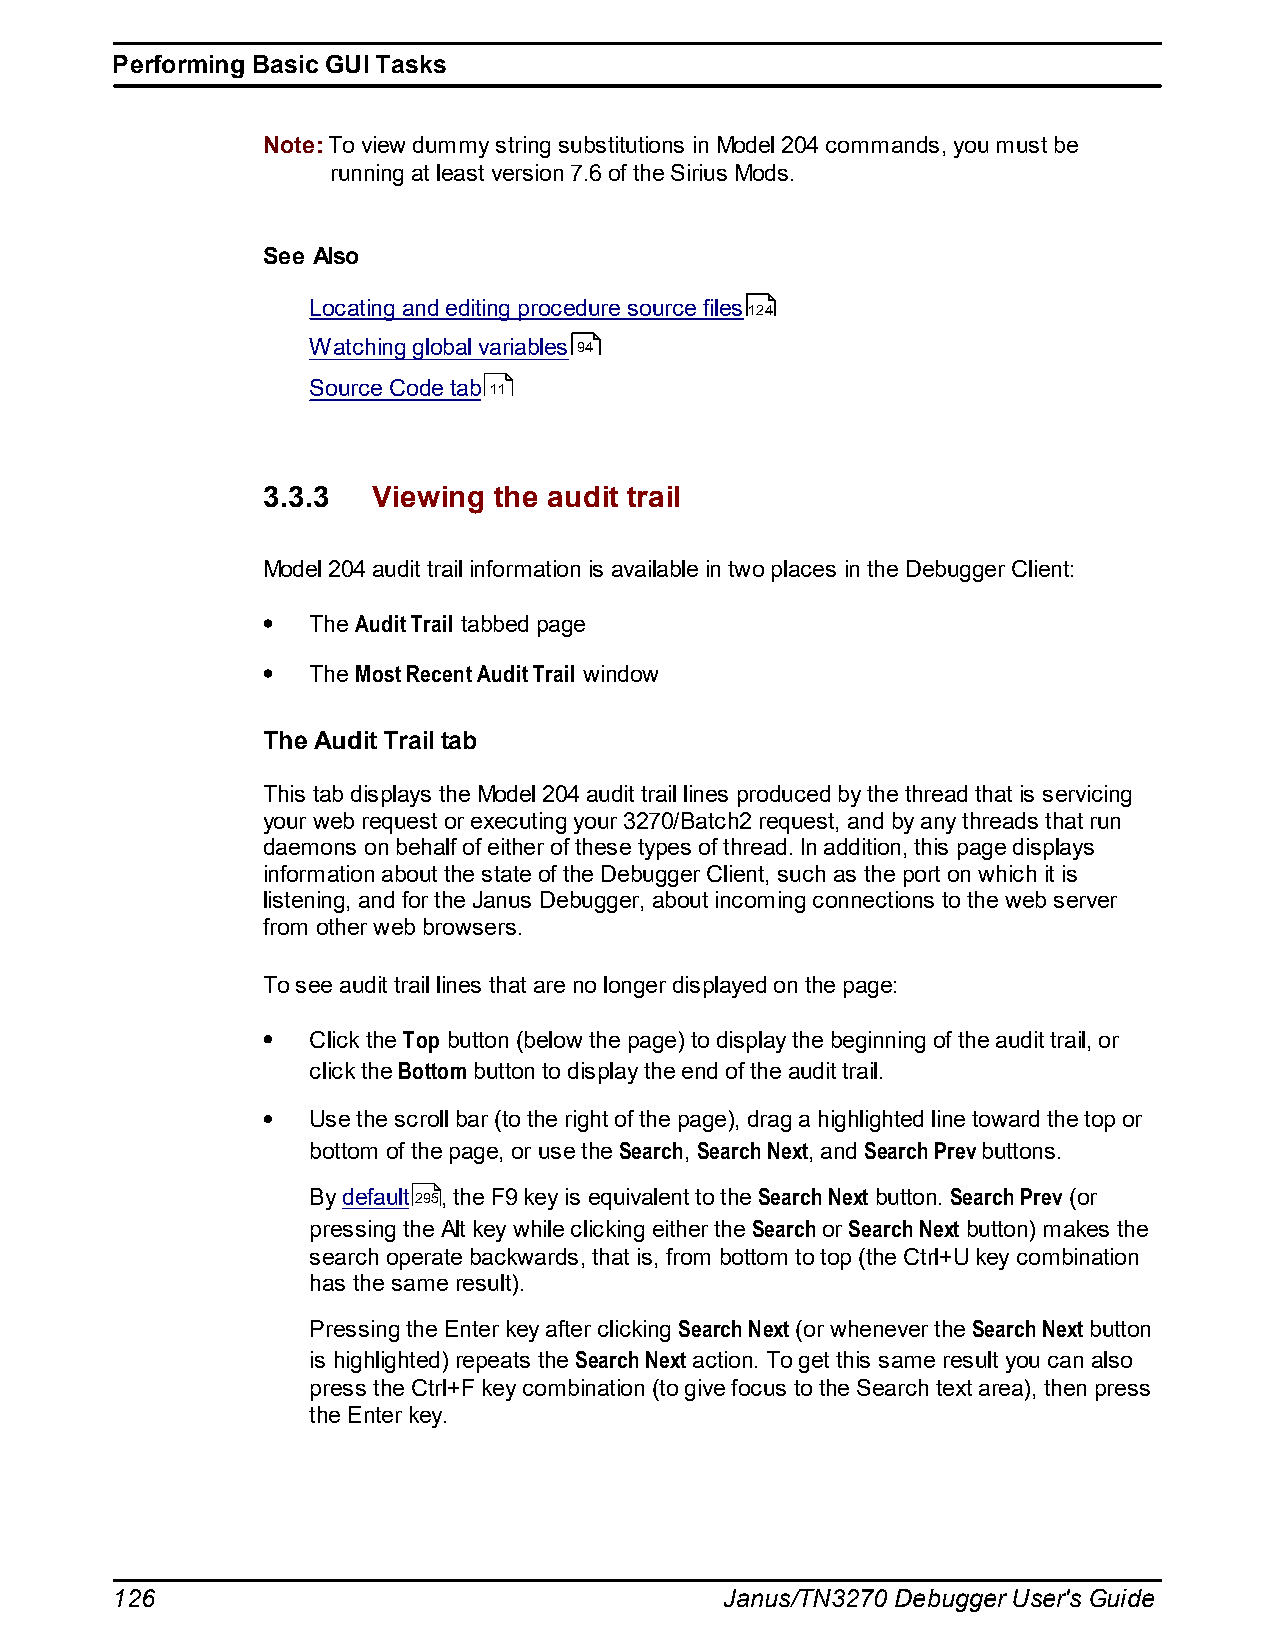
Performing Basic GUI Tasks
 Note: To view dummy string substitutions in Model 204 commands, you must be
 running at least version 7.6 of the Sirius Mods.
 See Also
 Locating and editing procedure source files124
 Watching global variables 94
 Source Code tab 11
 3.3.3   Viewing the audit trail
 Model 204 audit trail information is available in two places in the Debugger Client:
 The Audit Trail tabbed page
 The Most Recent Audit Trail window
 The Audit Trail tab
 This tab displays the Model 204 audit trail lines produced by the thread that is servicing
 your web request or executing your 3270/Batch2 request, and by any threads that run
 daemons on behalf of either of these types of thread. In addition, this page displays
 information about the state of the Debugger Client, such as the port on which it is
 listening, and for the Janus Debugger, about incoming connections to the web server
 from other web browsers.
 To see audit trail lines that are no longer displayed on the page:
 Click the Top button (below the page) to display the beginning of the audit trail, or
 click the Bottom button to display the end of the audit trail.
 Use the scroll bar (to the right of the page), drag a highlighted line toward the top or
 bottom of the page, or use the Search, Search Next, and Search Prev buttons.
 By default295, the F9 key is equivalent to the Search Next button. Search Prev (or
 pressing the Alt key while clicking either the Search or Search Next button) makes the
 search operate backwards, that is, from bottom to top (the Ctrl+U key combination
 has the same result).
 Pressing the Enter key after clicking Search Next (or whenever the Search Next button
 is highlighted) repeats the Search Next action. To get this same result you can also
 press the Ctrl+F key combination (to give focus to the Search text area), then press
 the Enter key.
 126                                      Janus/TN3270 Debugger User's Guide